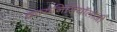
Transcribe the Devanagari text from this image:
कायनिसियॉलोजी